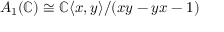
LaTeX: A _ { 1 } ( \mathbb { C } ) \cong \mathbb { C } \langle x , y \rangle / ( x y - y x - 1 )